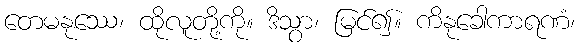
တေမနုဿေ၊ ထိုလူတို့ကို။ ဒိသွာ၊ မြင်၍။ ကိနုခေါကာရဏံ၊